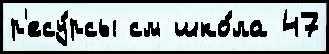
р'есу́рсы см шко́ла 47